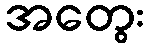
အတွေး